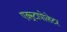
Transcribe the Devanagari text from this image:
एक्स्ट्रापोलेटर